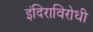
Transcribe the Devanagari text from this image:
इंदिराविरोधी